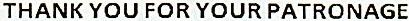
THANK YOU FOR YOUR PATRONAGE